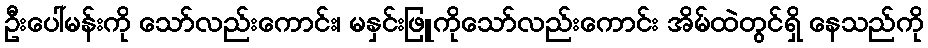
ဦးပေါ်မန်းကို သော်လည်းကောင်း၊ မနှင်းဖြူကိုသော်လည်းကောင်း အိမ်ထဲတွင်ရှိ နေသည်ကို